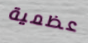
عظمية